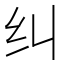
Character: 纠